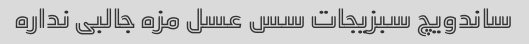
ساندویچ سبزیجات سس عسل مزه جالبی نداره